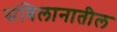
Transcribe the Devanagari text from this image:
संबिलानातील